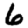
Digit: 6